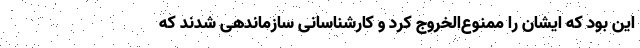
این بود که ایشان را ممنوع‌الخروج کرد و کارشناسانی سازماندهی شدند که